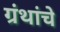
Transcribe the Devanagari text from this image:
ग्रंंथांचे